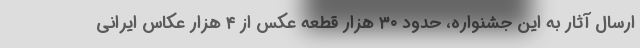
ارسال آثار به این جشنواره، حدود ۳۰ هزار قطعه عکس از ۴ هزار عکاس ایرانی